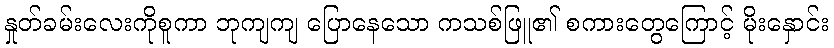
နှုတ်ခမ်းလေးကိုစူကာ ဘုကျကျ ပြောနေသော ကသစ်ဖြူ၏ စကားတွေကြောင့် မိုးနှောင်း